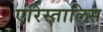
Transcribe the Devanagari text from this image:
एरिस्तालिस